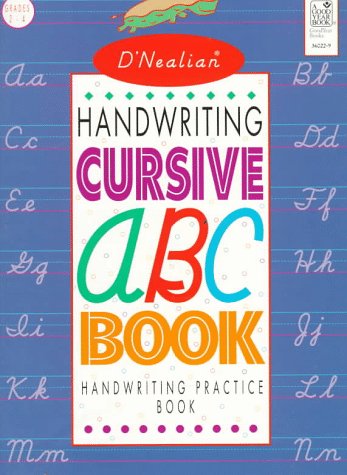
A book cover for D'NEALIAN HANDWRITING CURSIVE ABC BOOK; Donald N. Thurber; Reference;